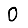
Digit: 0